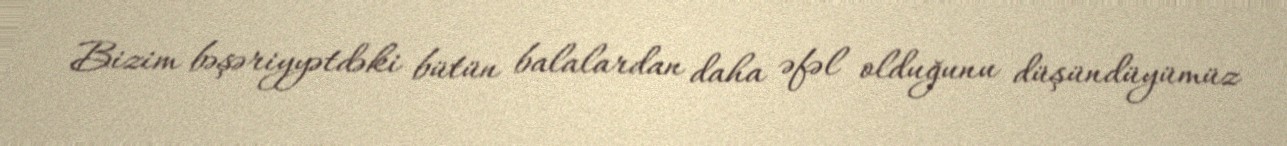
Bizim bəşəriyyətdəki bütün balalardan daha əfəl olduğunu düşündüyümüz